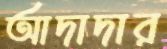
আদাদার